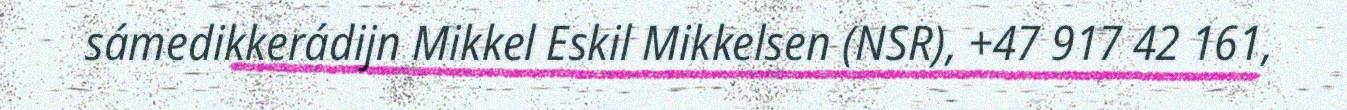
sámedikkerádijn Mikkel Eskil Mikkelsen (NSR), +47 917 42 161,